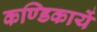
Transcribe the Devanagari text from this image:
कण्डिकायें